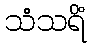
သံသရိံ